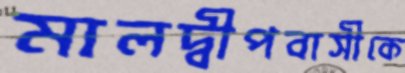
মালদ্বীপবাসীকে